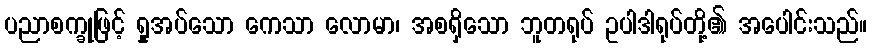
ပညာစက္ခုဖြင့် ရှုအပ်သော ကေသာ လောမာ၊ အစရှိသော ဘူတရုပ် ဥပါဒါရုပ်တို့၏ အပေါင်းသည်။